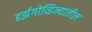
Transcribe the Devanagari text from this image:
हर्झगोव्हिन्यातील